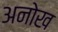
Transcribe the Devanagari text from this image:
अनोख